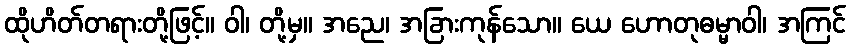
ထိုဟိတ်တရားတို့ဖြင့်။ ဝါ၊ တို့မှ။ အညေ၊ အခြားကုန်သော။ ယေ ဟောတုဓမ္မာဝါ၊ အကြင်